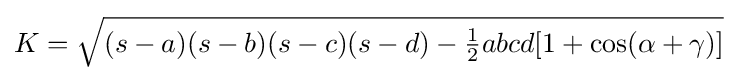
K={\sqrt {(s-a)(s-b)(s-c)(s-d)-{\tfrac {1}{2}}abcd[1+\cos(\alpha +\gamma )]}}